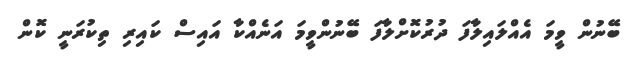
ބޭނުން ވީމަ އެއްލައިލާފަ ދުރުކޮށްލާފަ ބޭނުންވީމަ އަނެއްކާ އައިސް ކައިރި ތިކުރަނީ ކޮން